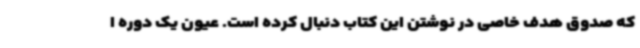
که صدوق هدف خاصی در نوشتن این کتاب دنبال کرده است. عیون یک دوره ا